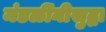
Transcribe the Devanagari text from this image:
मंडळींनीसुद्धा